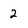
Character: 2